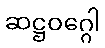
ဆဋ္ဌဝဂ္ဂေါ